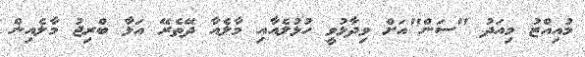
މުއިއްޒު މިއަދު "ސަން"އަށް ވިދާޅުވީ ހުޅުލެއާއި މާލެއާ ދޭތެރޭ އަޅާ ބްރިޖު މާލެއިން